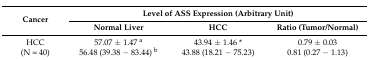
<table><thead><tr><td rowspan="2"><b>Cancer</b></td><td colspan="3"><b>Level of ASS Expression (Arbitrary Unit)</b></td></tr><tr><td><b>Normal Liver</b></td><td><b>HCC</b></td><td><b>Ratio (Tumor/Normal)</b></td></tr></thead><tbody><tr><td>HCC</td><td>57.07 ± 1.47 <sup>a</sup></td><td>43.94 ± 1.46 *</td><td>0.79 ± 0.03</td></tr><tr><td>(N = 40)</td><td>56.48 (39.38 − 83.44) <sup>b</sup></td><td>43.88 (18.21 − 75.23)</td><td>0.81 (0.27 − 1.13)</td></tr></tbody></table>